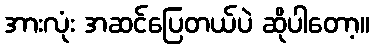
အားလုံး အဆင်ပြေတယ်ပဲ ဆိုပါတော့။